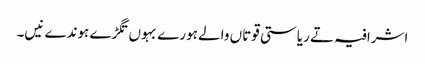
اشرافیہ تے ریاستی قوتاں والے ہورے بہوں تگڑے ہوندے نیں۔